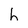
Character: h